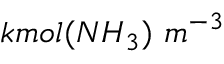
k m o l ( N H _ { 3 } ) \ m ^ { - 3 }